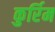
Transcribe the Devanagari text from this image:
कुर्रिम